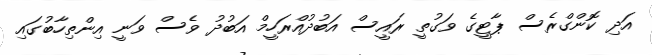
އަދި ކޮންގްރެސް ޕާޓީގެ ވަގުތީ ރައީސް އަބުދުއްރަހީމް އަބުދު ވެސް ވަނީ އިންތިހާބުގައި